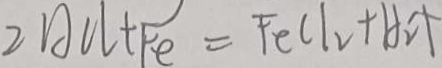
2 A C l + F e = F e C l _ { 2 } + H _ { 2 } \uparrow